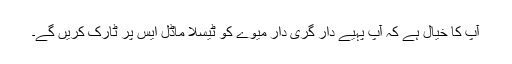
آپ کا خیال ہے کہ آپ پہیے دار گری دار میوے کو ٹیسلا ماڈل ایس پر ٹارک کریں گے۔